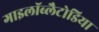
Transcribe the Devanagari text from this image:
गाइलॉब्लैटोडिया